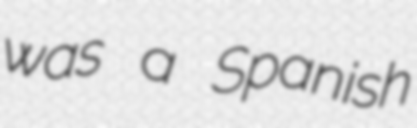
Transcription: was a Spanish